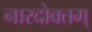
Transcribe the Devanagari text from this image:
नारदोक्तम्